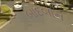
બાદબાન